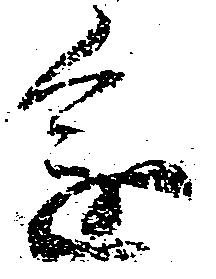
進